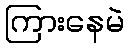
ကြားနေမဲ